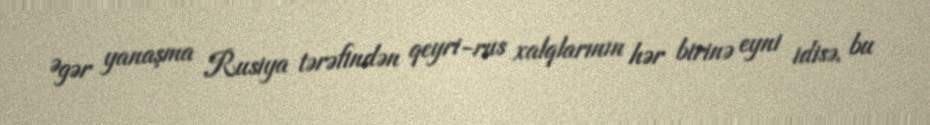
Əgər yanaşma Rusiya tərəfindən qeyri-rus xalqlarının hər birinə eyni idisə, bu